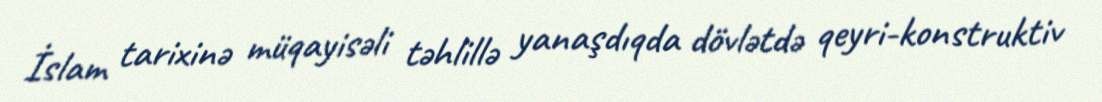
İslam tarixinə müqayisəli təhlillə yanaşdıqda dövlətdə qeyri-konstruktiv